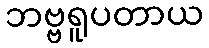
ဘဗ္ဗရူပတာယ